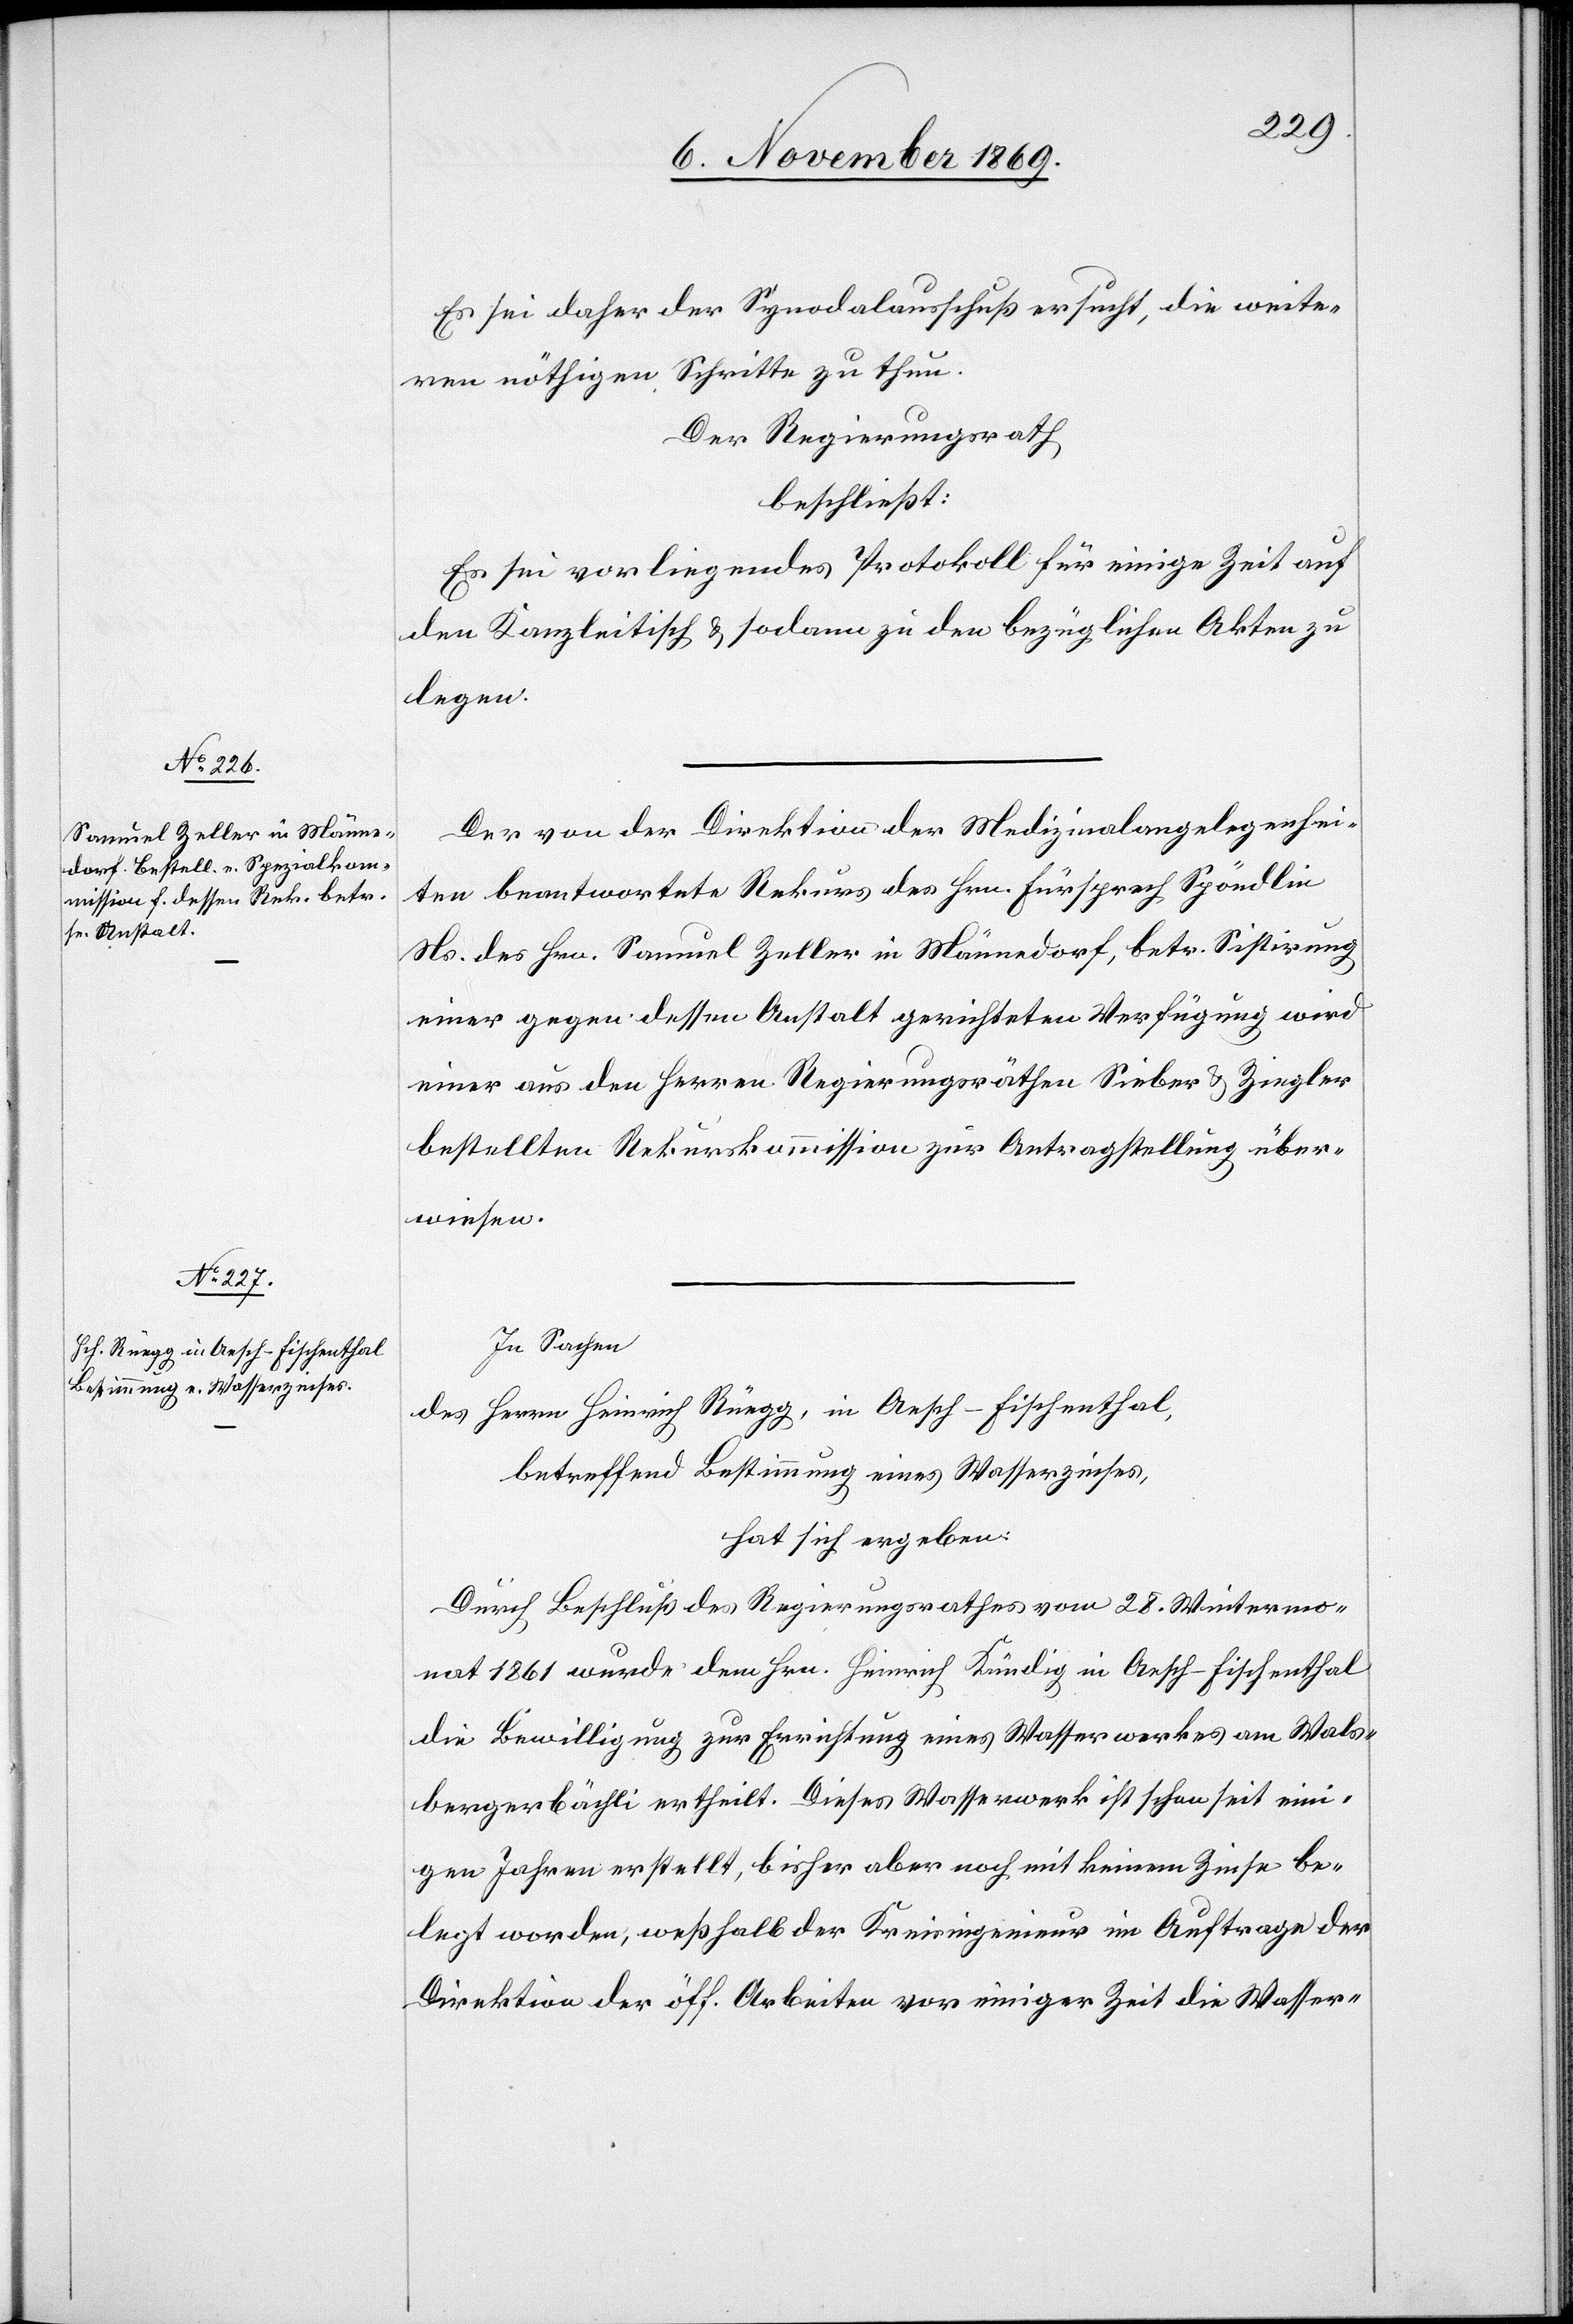
Es sei daher der Synodalausschuß ersucht, die weite¬
ren nöthigen Schritte zu thun.
Der Regierungsrath
beschließt:
Es sei vorliegendes Protokoll für einige Zeit auf
den Kanzleitisch & sodann zu den bezüglichen Akten zu
legen.
Der von der Direktion der Medizinalangelegenhei¬
ten beantwortete Rekurs des Hrn. Fürsprech Spöndlin
Ns. des Hrn. Samuel Zeller in Männedorf, betr. Sistirung
einer gegen dessen Anstalt gerichteten Verfügung wird
einer aus den Herren Regierungsräthen Sieber & Ziegler
bestellten Rekurskommission zur Antragstellung über¬
wiesen.
In Sachen
Herrn Heinrich Rüegg, in Aesch - Fischenthal,
des
betreffend Bestimmung eines Wasserzinses,
hat sich ergeben:
Durch Beschluß des Regierungsrathes vom 28. Wintermo¬
nat 1861 wurde dem Hrn. Heinrich Kündig in Aesch - Fischenthal
die Bewilligung zur Errichtung eines Wasserwerkes am Wals¬
bergerbächli ertheilt. Dieses Wasserwerk ist schon seit eini¬
gen Jahren erstellt, bisher aber noch mit keinem Zinse be¬
legt worden, weßhalb der Kreisingenieur im Auftrage der
Direktion der öff. Arbeiten vor einiger Zeit die Wasser-